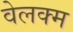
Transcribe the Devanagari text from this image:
वेलक्म